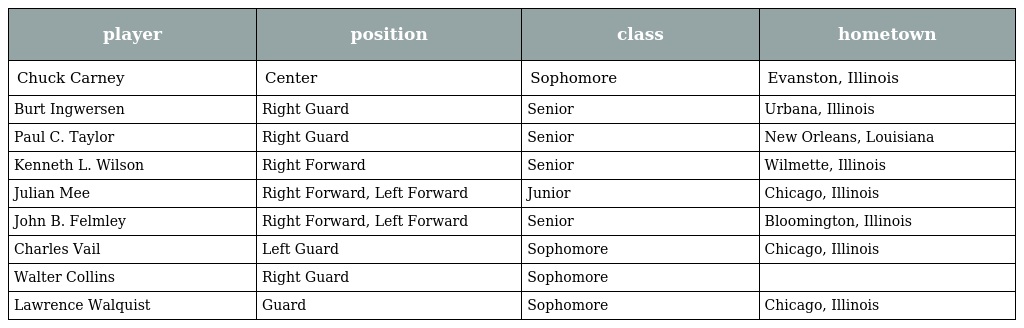
| player | position | class | hometown |
 | --- | --- | --- | --- |
 | Chuck Carney | Center | Sophomore | Evanston, Illinois |
 | Burt Ingwersen | Right Guard | Senior | Urbana, Illinois |
 | Paul C. Taylor | Right Guard | Senior | New Orleans, Louisiana |
 | Kenneth L. Wilson | Right Forward | Senior | Wilmette, Illinois |
 | Julian Mee | Right Forward, Left Forward | Junior | Chicago, Illinois |
 | John B. Felmley | Right Forward, Left Forward | Senior | Bloomington, Illinois |
 | Charles Vail | Left Guard | Sophomore | Chicago, Illinois |
 | Walter Collins | Right Guard | Sophomore |  |
 | Lawrence Walquist | Guard | Sophomore | Chicago, Illinois |